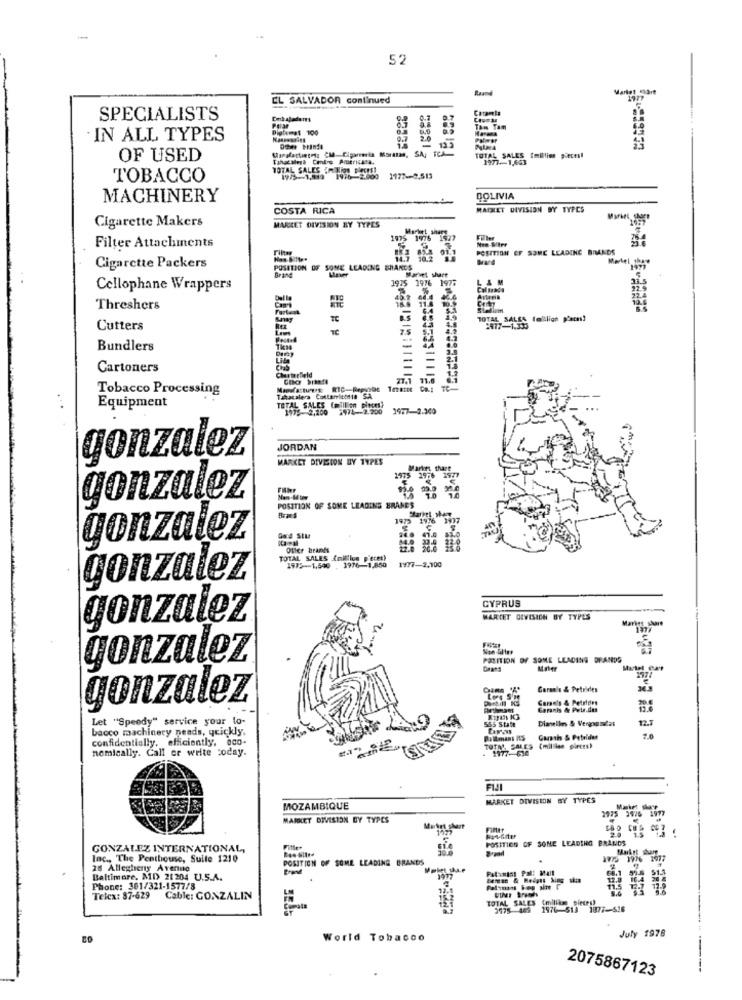
52
EL SALVADOR continued
Caramela
SPECIALISTS
Polar
Diglimet 100
Tam Tam
IN ALL TYPES
123
OF USED
Tahacaleya Conlos Pmitricasa.
TOTAL SALES [million pieces!
TOTAL SALES IM Bion pieces)
TOBACCO
1945-1,919 1976-2.000
1177 -- 8.513
MACHINERY
BOLIVIA
COSTA RICA
MAISLET DIVISION BY TYPES
Cigarette Makers
MARLET DIVISION BY TYPES
Market share
1976
Filter Attachments
POSITION EF SOME LEADING BRANDS
Cigarette Packers
POSITION OF SOME LEADING EHANDS
Marvel shart
Brand
1975 1976 1977
L& M
Cellophane Wrappers
Col Ma
Threshers
TC
TOTAL SALES (mllion pieces?
Cutters
3977-1.333
Bundlers
25
Cartoners
Chesterfield
-
27,1
Tobacco Processing
Manufacture RIC-Repsyac
Tabacalera Cottaricotta S.A.
Equipment
TOTAL SALES (million pipors)
1975-2,200 1974-2.200 39:7-2.300
JORDAN
gonzalez
MARKET DIVISION BY TYPES
1975
gonzalez
POSITION OF SOME LEADING BRANES
1973
gonzalez
Offer brands
TOTAL SALES (million pieces)
1975-1,540 , 3976-1,850
1977-2.700
gonzalez
CYPRUS
gonzalez
WARTET DIVISION BY TYPES
Markes share
Non -Glter
gonzalez
POSITION OF SOME LEADING DRANDS
Maler
Martel Cure
Goran's & Petrides
gonzalez
Caran's & Petrides
Garanis & Pwie.das
Let "Speedy" service your lo-
555 State
Dianelles & Vergogndas
12.7
bacco machinery nends, quickly.
confidentially, efficiently, oco-
Po lması IS
nomically. Call or write coday.
- 1977-630
TOTAL SALES
{million pieces)
MARKET DIVISION BY TYPES
MOZAMBIQUE
975 3976 1977
MARKET DIVISION BY TYPES
Finir
POSITION OF SONE LEADING BRANDS
GONZALEZ INTERNATIONAL,
Market dur
Inc ., The Penthouse, Suite 1210
POSITION OF SOME LEADING BRANDS
28 Allegheny Avenue
Brand
Folyxiny Pal: Mall
91.7
Baltimore, MD 21204 U.S.A.
12.8
Phone: 361/321-1577/8
Telex: 87-629
Cable: GONZALIN
TOTAL SALES (million pieces)
3975 469
1976-513 1877 -- 516
July 1978
World Tobacco
2075867123
------